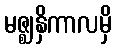
မဇ္ဈနှိကာလမှိ